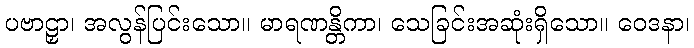
ပဗာဠှာ၊ အလွန်ပြင်းသော။ မာရဏန္တိကာ၊ သေခြင်းအဆုံးရှိသော။ ဝေဒနာ၊